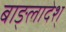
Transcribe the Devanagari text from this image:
बाङ्लादेश्